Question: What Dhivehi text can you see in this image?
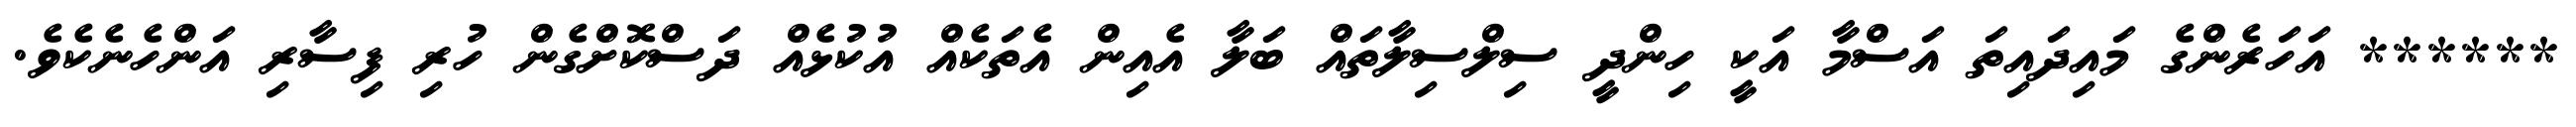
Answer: ****** އަހަރެންގެ މައިދައިތަ އަސްމާ އަކީ ހިންދީ ސިލްސިލާތައް ބަލާ އެއިން އެތަކެއް އުކުޅެއް ދަސްކޮށްގެން ހުރި ފިސާރި އަންހެނެކެވެ.